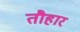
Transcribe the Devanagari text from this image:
तौहार